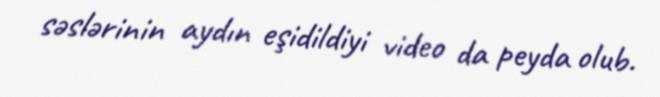
səslərinin aydın eşidildiyi video da peyda olub.